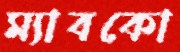
ম্যাবকো